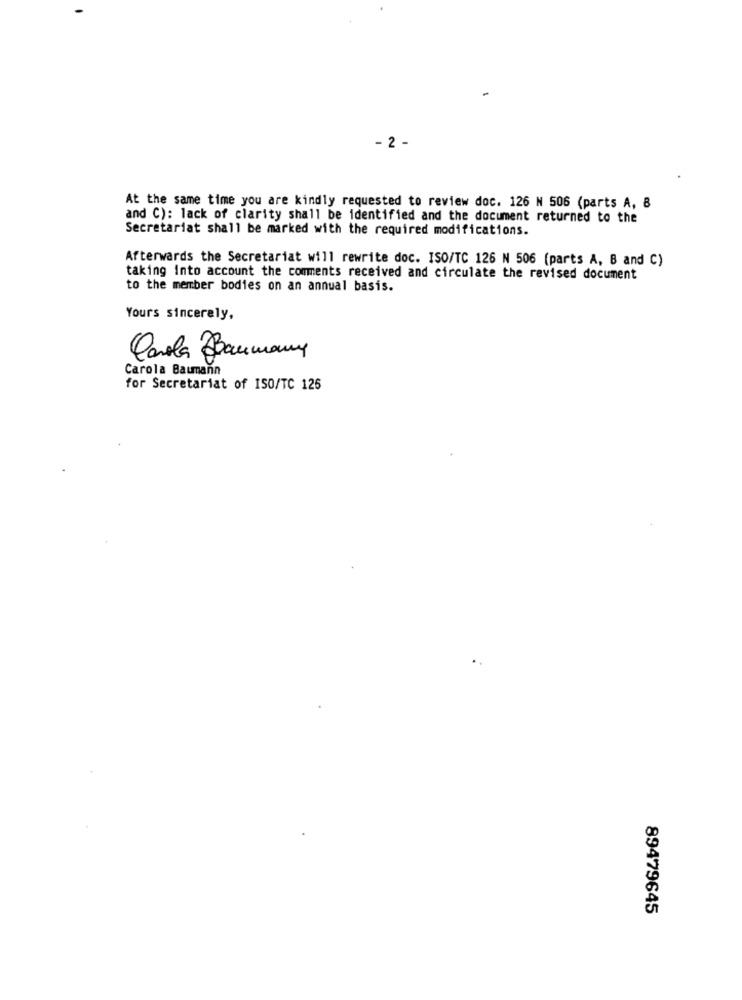
- 2 -
At the same time you are kindly requested to review doc. 126 N 506 (parts A, 8
and C): lack of clarity shall be identified and the document returned to the
Secretariat shall be marked with the required modifications.
Afterwards the Secretariat will rewrite doc. ISO/TC 126 N 506 (parts A, B and C)
taking into account the comments received and circulate the revised document
to the member bodies on an annual basis.
Yours sincerely,
Carola Baumany
Carola Baumann
for Secretariat of ISO/TC 126
89479645